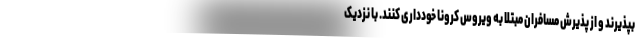
بپذیرند و از پذیرش مسافران مبتلا به ویروس کرونا خودداری کنند. با نزدیک